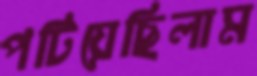
পটিয়েছিলাম